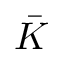
\bar { K }